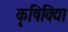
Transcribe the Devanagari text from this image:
कृषिविद्या